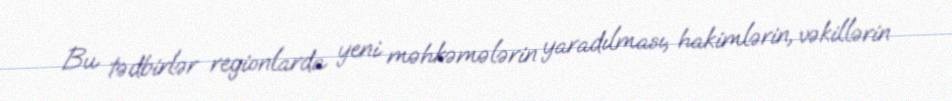
Bu tədbirlər regionlarda yeni məhkəmələrin yaradılması, hakimlərin, vəkillərin